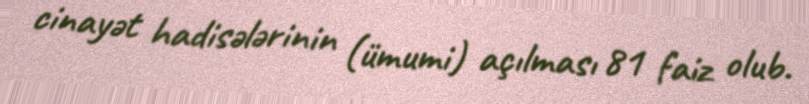
cinayət hadisələrinin (ümumi) açılması 81 faiz olub.